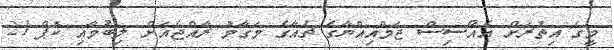
މީގެ އިތުރަށް އެއޯސިސް ޖަމްއިއްޔާގެ ޗެއާގެ މަގާމު ރާއްޖެއަށް ލިބުމާއި ކޮޕް 21